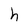
Character: h